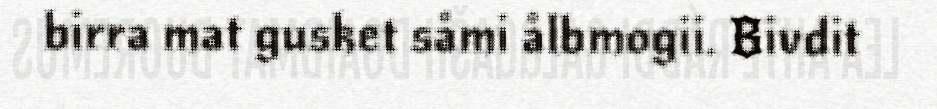
birra mat gusket såmi ålbmogii. Bivdit